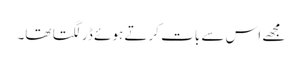
مجھے اس سے بات کرتے ہوئے ڈر لگتا تھا۔